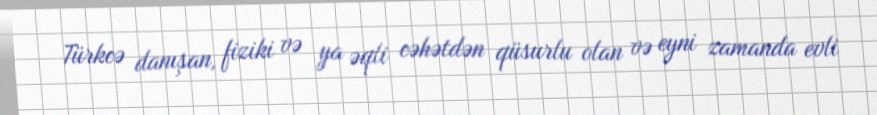
Türkcə danışan, fiziki və ya əqli cəhətdən qüsurlu olan və eyni zamanda evli